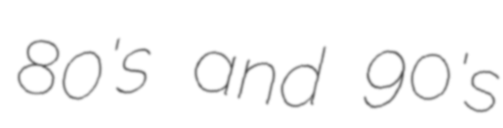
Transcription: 80's and 90's